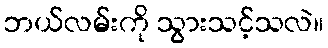
ဘယ်လမ်းကို သွားသင့်သလဲ။